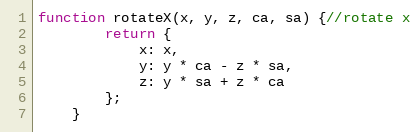
Language: JavaScript
function rotateX(x, y, z, ca, sa) {//rotate x
		return {
			x: x,
			y: y * ca - z * sa,
			z: y * sa + z * ca
		};
	}